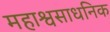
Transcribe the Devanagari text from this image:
महाश्वसाधनिक